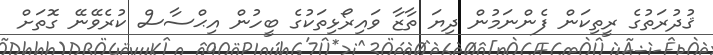
ޤުދުރަތުގެ ރީތިކަން ފެންނަމުން ދިޔަ ތާޒާ ވައިރޯޅިތަކުގެ ބީހުން އިޙްސާސް ކުރެވޭނޭ ގޮތަށް